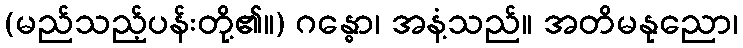
(မည်သည့်ပန်းတို့၏။) ဂန္ဓော၊ အနံ့သည်။ အတိမနုညော၊